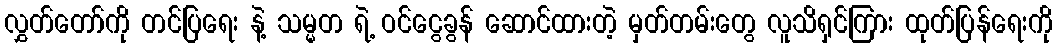
လွှတ်တော်ကို တင်ပြရေး နဲ့ သမ္မတ ရဲ့ ဝင်ငွေခွန် ဆောင်ထားတဲ့ မှတ်တမ်းတွေ လူသိရှင်ကြား ထုတ်ပြန်ရေးကို